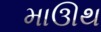
માઊથ